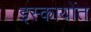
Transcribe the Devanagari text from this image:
इस्कायोंत